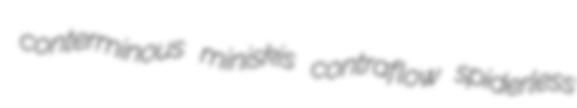
conterminous miniskis contraflow spiderless